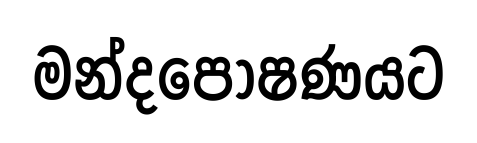
මන්දපෝෂණයට